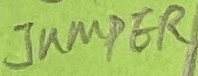
Text: JUMPER